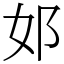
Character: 邚